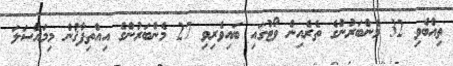
ތިއްބެވި 32 މެންބަރުންގެ ތެރެއިން ވޯޓުގައި ބައިވެރިވި 27 މެންބަރުންގެ އިއްތިފާޤުން މިމައްސަލަ